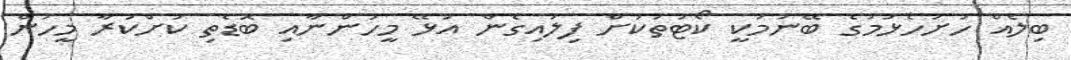
ބިލެއް ހުށަހެޅުމުގެ ބޭނުމަކީ ކޯޓުތަކަށް ފިލައިގެން އުޅޭ މީހުންނާއި ބޮޑެތި ކުށްކުރާ މީހުން